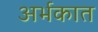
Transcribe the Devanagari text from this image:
अर्भकात